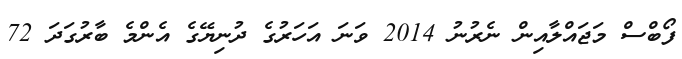
ފޯބްސް މަޖައްލާއިން ނެރުނު 2014 ވަނަ އަހަރުގެ ދުނިޔޭގެ އެންމެ ބާރުގަދަ 72